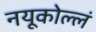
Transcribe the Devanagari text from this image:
नयूकोल्लं